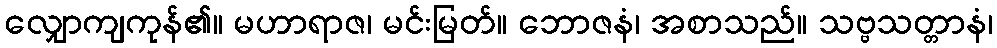
လျှောကျကုန်၏။ မဟာရာဇ၊ မင်းမြတ်။ ဘောဇနံ၊ အစာသည်။ သဗ္ဗသတ္တာနံ၊